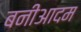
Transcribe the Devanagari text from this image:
बनीआदम